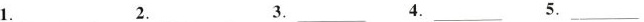
1.___2.___3.___4.___5.___